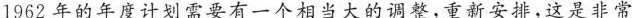
1962年的年度计划需要有一个相当大的调整，重新安排，这是非常